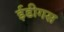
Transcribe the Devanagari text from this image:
ईडीगस